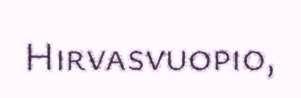
Hirvasvuopio,